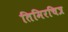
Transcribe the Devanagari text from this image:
तिमिरचित्र